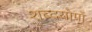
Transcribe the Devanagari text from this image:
शब्दयोगों